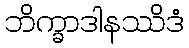
ဘိက္ခာဒါနဿိဒံ